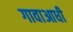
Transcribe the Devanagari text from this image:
गावाआधी